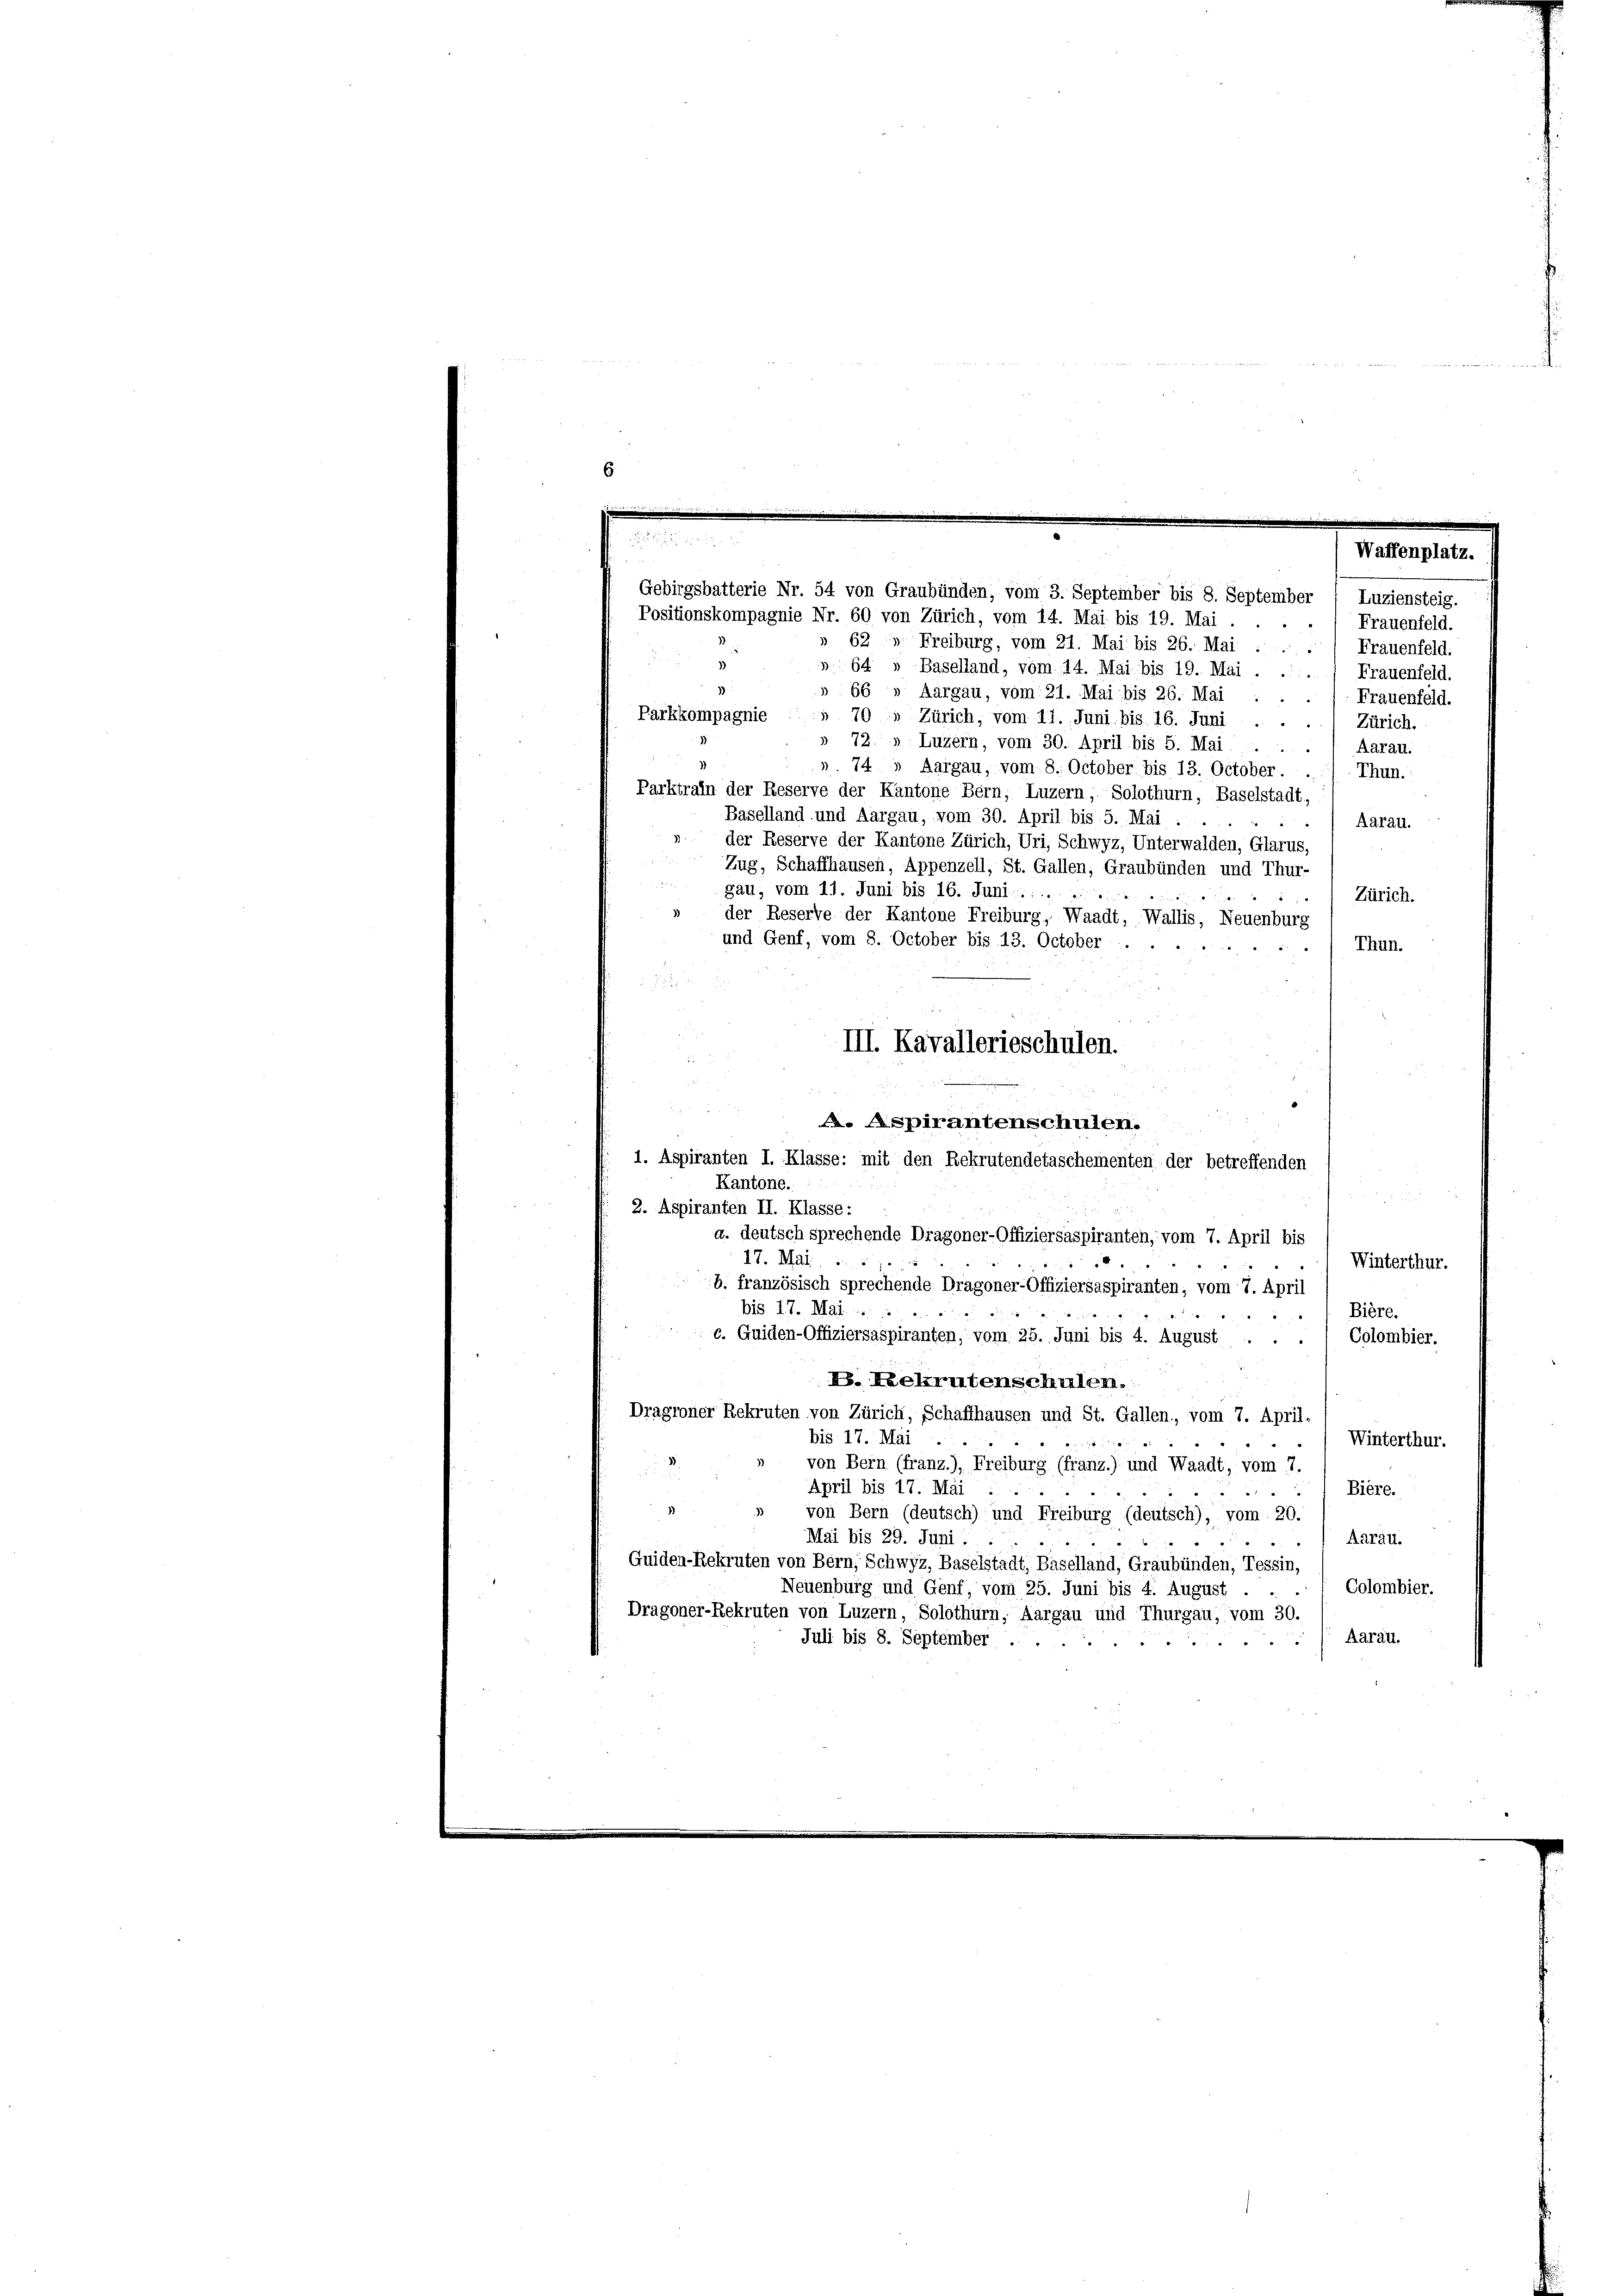
2
Waffenplatz.
Gebirgsbatterie Nr. 54 von Graubünden, vom 3. September bis 8. September
Luziensteig.
Positionskompagnie Nr. 60 von Zürich, vom 14. Mai bis 19. Mai.
e
Frauenfeld.
62, Freiburg, vom 21. Mai bis 26. Mai . .

Frauenfeld.
d
64 " Baselland, vom 14. Mai bis 19. Mai
Frauenfeld.
66 » Aargau, vom 21. Mai bis 26. Mai
Frauenfeld.
Parkkompagnie
70 " Zürich, vom 11. Juni bis 16. Juni
Zürich.
» 72. » Luzern, vom 30. April bis 5. Mai.
Aarau.
74 » Aargau, vom 8. October bis 13. October.
Thun.
Parktrain der Reserve der Kantone Bern, Luzern, Solothurn, Baselstadt,
Baselland und Aargau, vom 30. April bis 5. Mai.
Aarau.
der Reserve der Kantone Zürich, Uri, Schwyz, Unterwalden, Glarus,
Zug, Schaffhausen, Appenzell, St. Gallen, Graubünden und Thur-
gau, vom 11. Juni bis 16. Juni .....
Zürich.
der Reserve der Kantone Freiburg, Waadt, Wallis, Neuenburg
und Genf, vom 8. October bis 13. October.
Thun.
.
III. Kavallerieschulen.
A. Aspirantenschulen.
1. Aspiranten I. Klasse: mit den Rekrutendetaschementen der betreffenden
Kantone.
2. Aspiranten II. Klasse:
a. deutsch sprechende Dragoner-Offiziersaspiranten, vom 7. April bis
17. Mai
Winterthur.
b. französisch sprechende Dragoner-Offiziersaspiranten, vom 7. April
bis 17. Mai
Bière.
c. Guiden-Offiziersaspiranten, vom 25. Juni bis 4. August ...
Colombier.
V. Rekrutenschulen.
Dragoner Rekruten von Zürich, Schaffhausen und St. Gallen, vom 7. April,
bis 17. Mai
Winterthur.
a
von Bern (franz.), Freiburg (franz.) und Waadt, vom 7.
April bis 17. Mai
Bière.
1
von Bern (deutsch) und Freiburg (deutsch), vom 20.
Mai bis 29. Juni.
Aarau.
Guiden-Rekruten von Bern, Schwyz, Baselstadt, Baselland, Graubünden, Tessin,
Neuenburg und Genf, vom 25. Juni bis 4. August
Colombier.
Dragoner-Rekruten von Luzern, Solothurn, Aargau und Thurgau, vom 30.
Juli bis 8. September .
 Aarau.